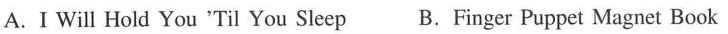
A. I Will Hold You 'Til You Sleep B.Finger Puppet Magnet Book